Report on inoculation in the plague infected areas of the Punjab and its dependencies from October 1900 to September 1901
Year: 1900
Disease focus: Plague
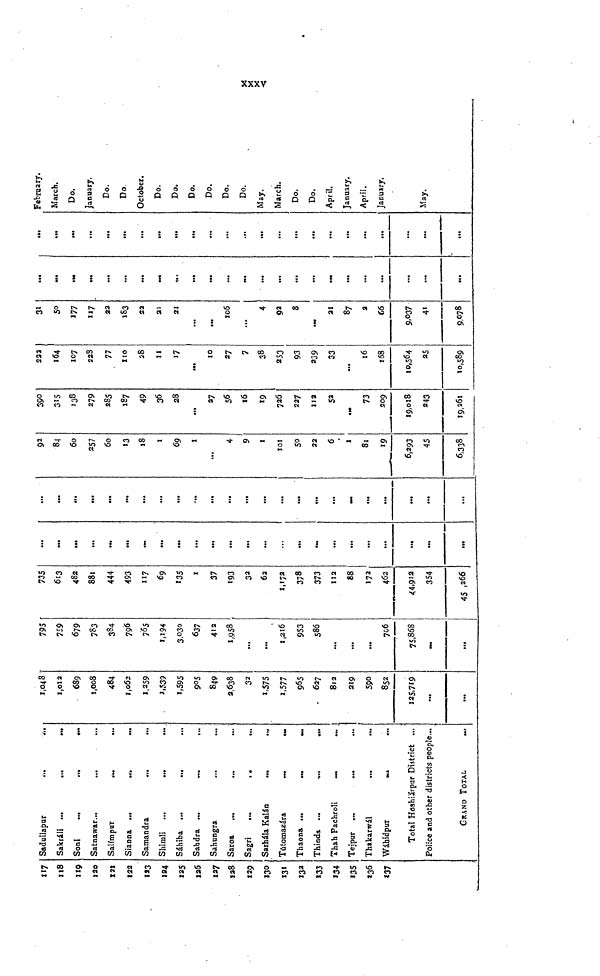
xxxv
117
118
119
120
X2X
122
123
124
125
126
127
128
129
130
131
133
133
»34
135
136
137
Saduilapur
Sakráii ...
...
Soni
...
...
Satnawar...
...
...
Salimpur
...
Sianna ...
.
...
Samandra
.
Shimli
...
.
...
Sáhiba ...
...
Sabdra
Sahungra
Saroa
.
...
...
Sagri
...
,
...
Sarhála Kalán
Tútomazára
Thaona
Thinda ...
Thah Pachroli.
Tejpur ...
.
...
Thakarwál
Wáhidpur
Total Hoshiárpur District ...
Police and other districts people...
GRAND TOTAL
1,048
1,012
689
1,008
484
1,062
1,259
1,539
1,595
905
849
2,638
32
1,575
1,577
965
627
812
219
590
852
125,719
...
...
795
759
679
783
384
796
765
1,194
3,030
637
412
1,958
...
...
1,216
953
586
...
...
...
706
75,868
735
613
482
881
444
493
117
69
135
1
37
193
32
62
1,172
378
373
112
88
172
462
44,912
354
45,266
...
...
...
...
...
...
...
...
...
...
...
...
...
...
...
...
...
...
...
...
...
...
...
...
...
...
...
...
...
...
...
...
...
...
...
...
...
..
...
...
...
...
92
84
60
257
60
13
18
1
69
1
...
4
9
1
101
50
22
6
1
81
19
6,293
45
6,338
39°3
15
138
279
285
X87
49
36
28
...
27
56
16
19
726
227
112
52
73
209
19,018
243
19,261
222
164
107
228
77
110
28
11
17
...
10
27
7
38
253
93
239
33
...
16
158
10,564
25
10,589
31
5°1
77
117
22
183
22
21
21
...
...
106
...
4
92
S
21
87
2
66
9,037
41
9,078
...
...
...
...
...
...
».
...
...
...
...
...
...
• H
...
...
...
...
...
...
...
...
...
...
...
...
...
...
...
...
...
...
...
...
...
...
...
...
...
...
February.
March.
Do.
January.
Do.
Do.
October.
Do.
Do.
Do.
Do.
Do.
Do.
May.
March.
Do.
Do.
April.
January.
April.
January,
May.